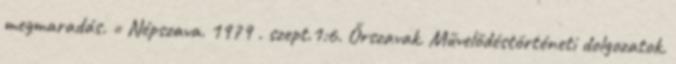
megmaradás. = Népszava. 1979 . szept.1:6. Őrszavak. Művelődéstörténeti dolgozatok.